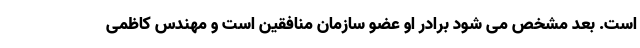
است. بعد مشخص می شود برادر او عضو سازمان منافقین است و مهندس کاظمی